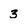
Character: 3